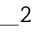
\_ 2